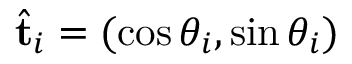
\hat { \mathbf { t } } _ { i } = ( \cos \theta _ { i } , \sin \theta _ { i } )